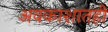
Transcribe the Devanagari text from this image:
अवकाशातही